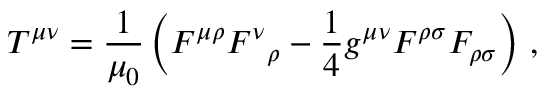
T ^ { \mu \nu } = \frac { 1 } { \mu _ { 0 } } \left( F ^ { \mu \rho } { F ^ { \nu } } _ { \rho } - \frac { 1 } { 4 } g ^ { \mu \nu } F ^ { \rho \sigma } F _ { \rho \sigma } \right) \, ,